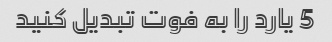
5 یارد را به فوت تبدیل کنید